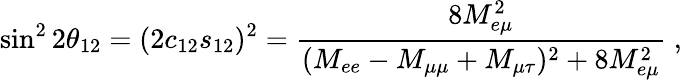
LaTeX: \sin^{2}2\theta_{12}=(2c_{12}s_{12})^{2}=\frac{8M_{e\mu}^{2}}{(M_{ee}-M_{\mu\mu}+M_{\mu\tau})^{2}+8M_{e\mu}^{2}}\; ,